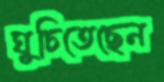
ঘুচিতেছেন